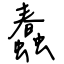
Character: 蠢